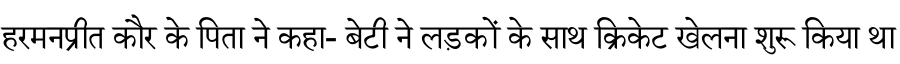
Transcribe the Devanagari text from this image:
हरमनप्रीत कौर के पिता ने कहा- बेटी ने लड़कों के साथ क्रिकेट खेलना शुरू किया था